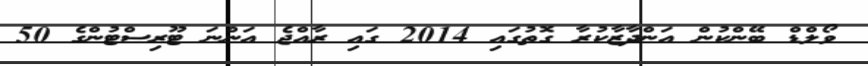
ވޯލްޑް ބޭންކުން އަންދާޒާކުރާ ގޮތުގައި 2014 ގައި ރާއްޖެ އަންނަ ޓޫރިސްޓުންގެ 50